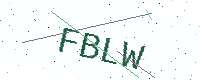
Text: FBLW